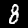
Digit: 8